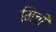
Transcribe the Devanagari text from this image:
मिची